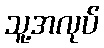
သူ့အလုပ်